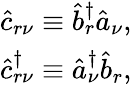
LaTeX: \begin{array}{r}{\hat{c}_{r\nu}\equiv\hat{b}_{r}^{\dagger}\hat{a}_{\nu},}\\ {\hat{c}_{r\nu}^{\dagger}\equiv\hat{a}_{\nu}^{\dagger}\hat{b}_{r},}\end{array}